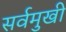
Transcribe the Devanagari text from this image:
सर्वमुखी